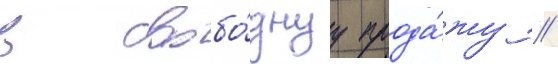
в свобо́днуу прода́жу //